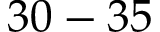
3 0 - 3 5